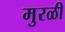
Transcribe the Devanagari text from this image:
मुरळी